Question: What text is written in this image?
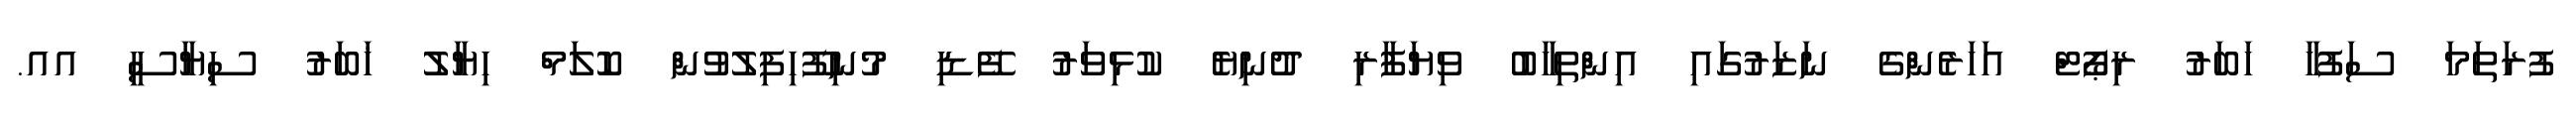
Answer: ފުރަތަމަ ސަފުހާ ހަބަރު ރިޕޯޓް އަހަރެންގެ ނަޒަރުގައި އިންތިހާބު ވިޔަފާރި ދުނިޔެ ކުޅިވަރު ފޭޑި މުނިފޫހިފިލުވުން ކޮލަމް ހިޔާލު ޚަބަރު ސިޔާސީ އއ.